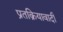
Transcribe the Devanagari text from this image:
प्रतक्रियावादी